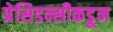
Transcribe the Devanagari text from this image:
प्रेसिडन्सीकडून